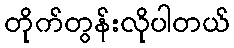
တိုက်တွန်းလိုပါတယ်